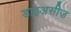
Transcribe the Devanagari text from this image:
डाइअसीज़